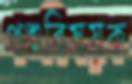
পশুবিষয়ক